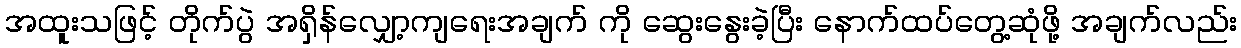
အထူးသဖြင့် တိုက်ပွဲ အရှိန်လျှော့ကျရေးအချက် ကို ဆွေးနွေးခဲ့ပြီး နောက်ထပ်တွေ့ဆုံဖို့ အချက်လည်း